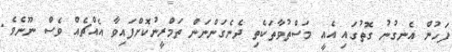
ފަހުން އެނގުނު ގޮތުގައި އެއީ މަސްތުވާތަކެތި ދެނެގަންނަން ތަމްރީނުކޮށްފައިވާ އެއްޗެއް ވެސް ނޫނެވެ.